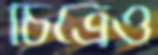
চিত্রেও